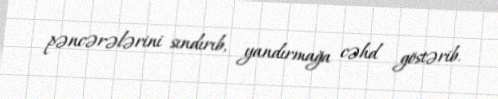
pəncərələrini sındırıb, yandırmağa cəhd göstərib.